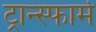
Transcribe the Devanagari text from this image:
ट्रान्स्फार्म